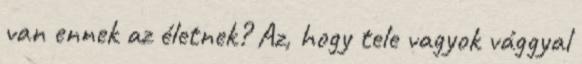
van ennek az életnek? Az, hogy tele vagyok vággyal